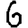
Digit: 6